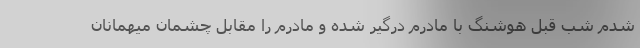
شدم شب قبل هوشنگ با مادرم درگیر شده و مادرم را مقابل چشمان میهمانان